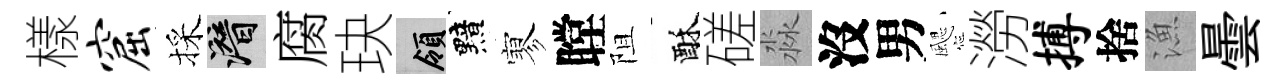
樣窟採潜腐玦領黯寥瞠阻酥磋淼沒男颸澇搏捨漁曇